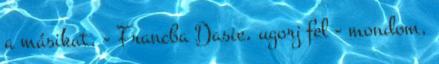
a másikat. - Francba Dasie, ugorj fel - mondom,